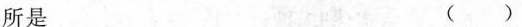
所是 ()